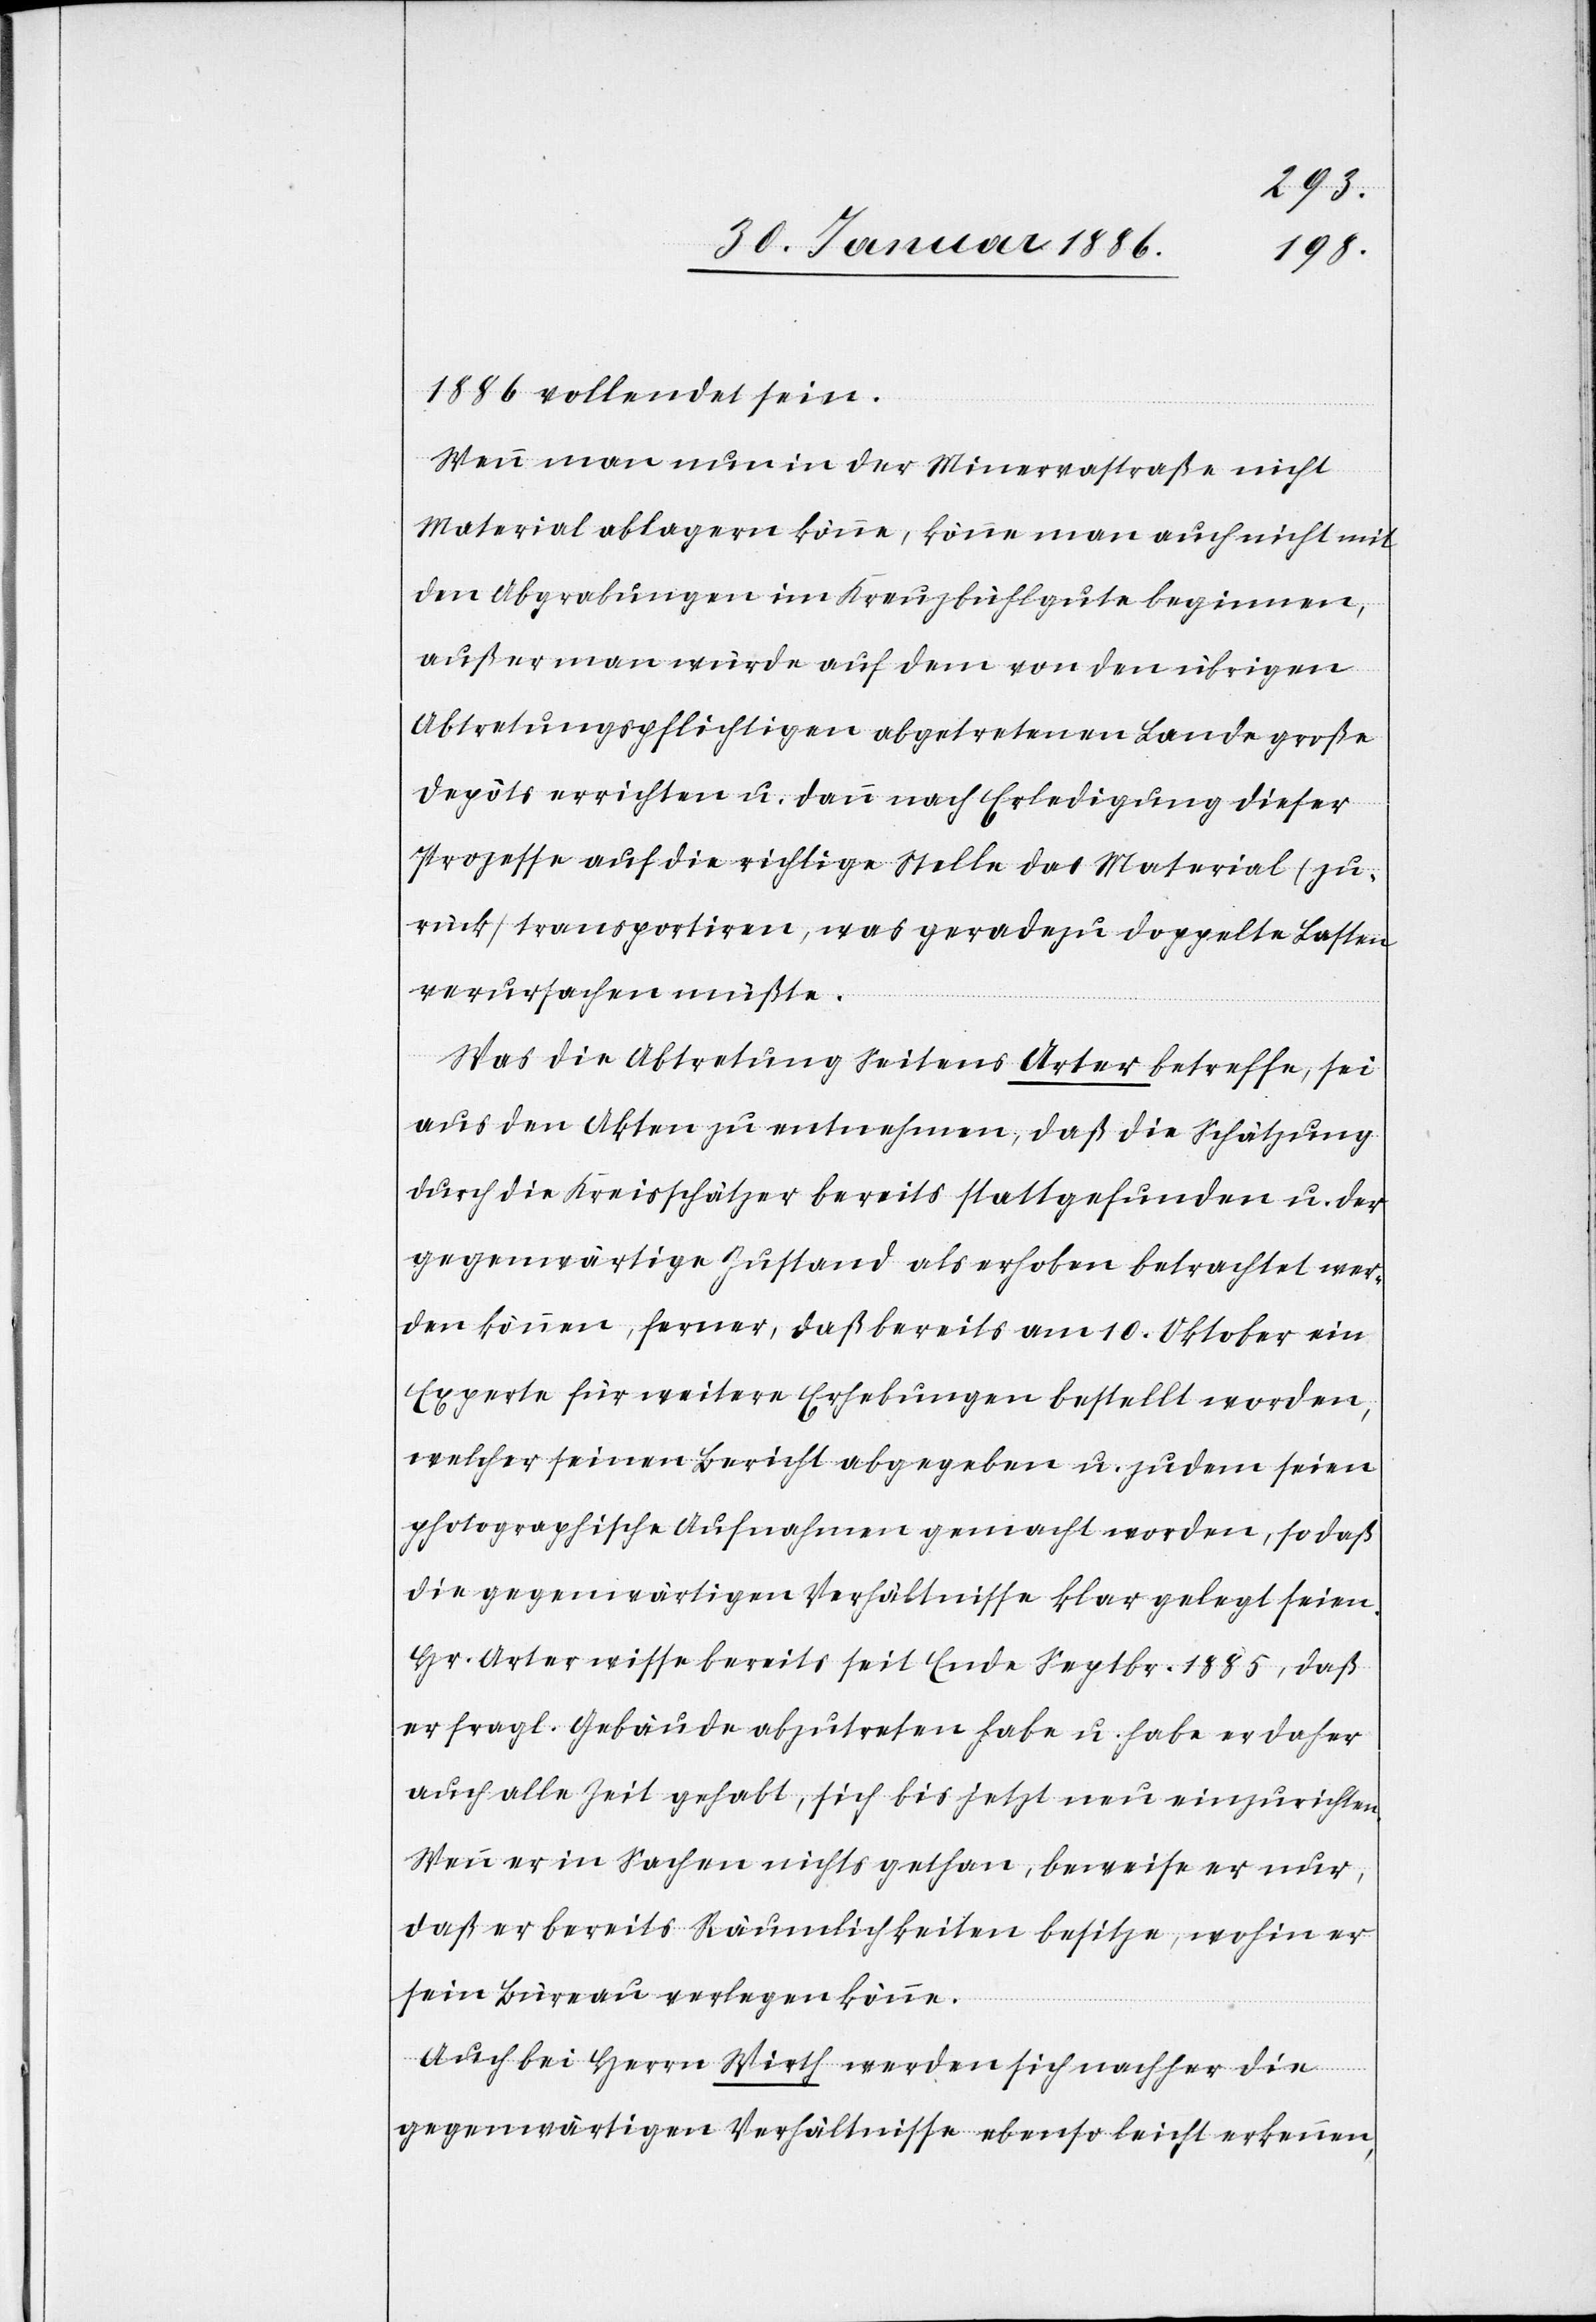
1886 vollendet sein.
Wenn man nun in der Minervastraße nicht
Material ablagern könne, könne man auch nicht mit
den Abgrabungen im Kreuzbühlgute beginnen,
außer man würde auf dem von den übrigen
Abtretungspflichtigen abgetretenen Lande große
Depots errichten u. dann nach Erledigung dieser
Prozesse auf die richtige Stelle das Material (zu¬
rück) transportiren, was geradezu doppelte Lasten
verursachen müßte.
Was die Abtretung Seitens Arter betreffe, sei
aus den Akten zu entnehmen, daß die Schätzung
durch die Kreisschätzer bereits stattgefunden u. der
gegenwärtige Zustand als erhoben betrachtet wer¬
den könne, ferner, daß bereits am 10. Oktober ein
Experte für weitere Erhebungen bestellt worden,
welcher seinen Bericht abgegeben u. zudem seine
photographische Aufnahme gemacht worden, so daß
die gegenwärtigen Verhältnisse klar gelegt seien.
Hr. Arter wisse bereits seit Ende Septbr. 1885, daß
er fragl. Gebäude abzutreten habe u. habe er daher
auch alle Zeit gehabt, sich bis jetzt neu einzurichten.
Wenn er in Sache nichts gethan, beweise er nur,
daß er bereits Räumlichkeiten besitze, wohin er
sein Bureau verlegen könne.
Auch bei Herrn Wirth werden sich nachher die
gegenwärtigen Verhältnisse ebenso leicht erkennen,